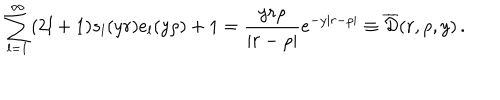
LaTeX: \sum _ { l = 1 } ^ { \infty } ( 2 l + 1 ) s _ { l } ( y r ) e _ { l } ( y \rho ) + 1 = \frac { y r \rho } { | r - \rho | } e ^ { - y | r - \rho | } \equiv \overline { { { \cal D } } } ( r , \rho , y ) \, { . }